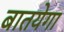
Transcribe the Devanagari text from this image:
बातयेगा